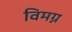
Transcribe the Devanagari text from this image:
विमग्न